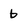
Character: b